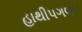
હાથીપગલા